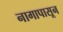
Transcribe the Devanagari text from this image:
नागापासून